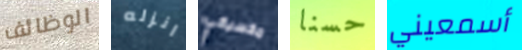
الوظائف انزله مكسيكي حسنا أسمعيني